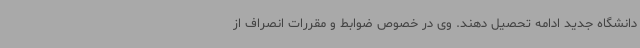
دانشگاه جدید ادامه تحصیل دهند. وی در خصوص ضوابط و مقررات انصراف از